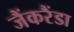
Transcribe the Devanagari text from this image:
जैंकरैंडा